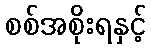
စစ်အစိုးရနှင့်